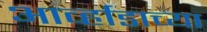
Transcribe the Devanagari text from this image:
आर्व्हाडाच्या